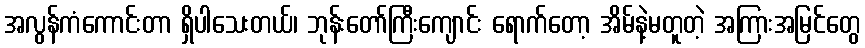
အလွန်ကံကောင်းတာ ရှိပါသေးတယ်၊ ဘုန်းတော်ကြီးကျောင်း ရောက်တော့ အိမ်နဲ့မတူတဲ့ အကြားအမြင်တွေ